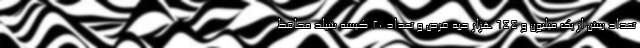
تعداد بیش از یک میلیون و ۶۴۴ هزار حبه قرص و تعداد ۲۰ کیسه شیلد محافظ